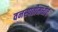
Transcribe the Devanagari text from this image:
वनस्पतीमध्येच